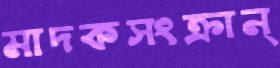
মাদকসংক্রান্